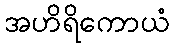
အဟိရိကောယံ